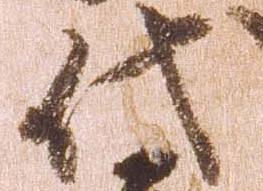
代